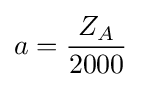
a={\frac {Z_{A}}{2000}}